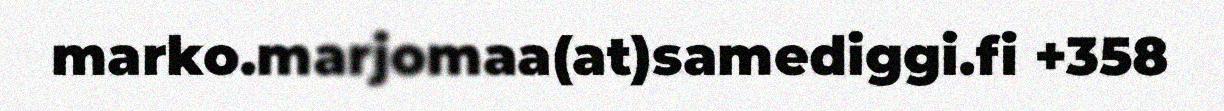
marko.marjomaa(at)samediggi.fi +358